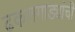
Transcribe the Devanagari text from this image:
ढकलगाड्यांची